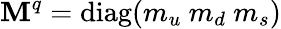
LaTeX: \mathbf{M}^{q}=\mathrm{{{diag}}}(m_{u}\ m_{d}\ m_{s})